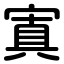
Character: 寘